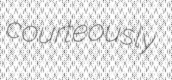
courteously